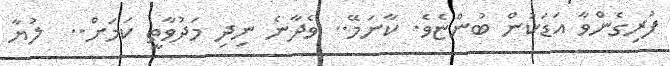
ފުރިގެންވާ އަޑަކުން ބުންޏެވެ. ކާނަމޭ.. ވެދާނެ ނިދި މަދުވާތީ ކަމަށް..  ލުޔާ